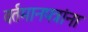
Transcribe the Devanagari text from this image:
वर्तमानपत्रांना